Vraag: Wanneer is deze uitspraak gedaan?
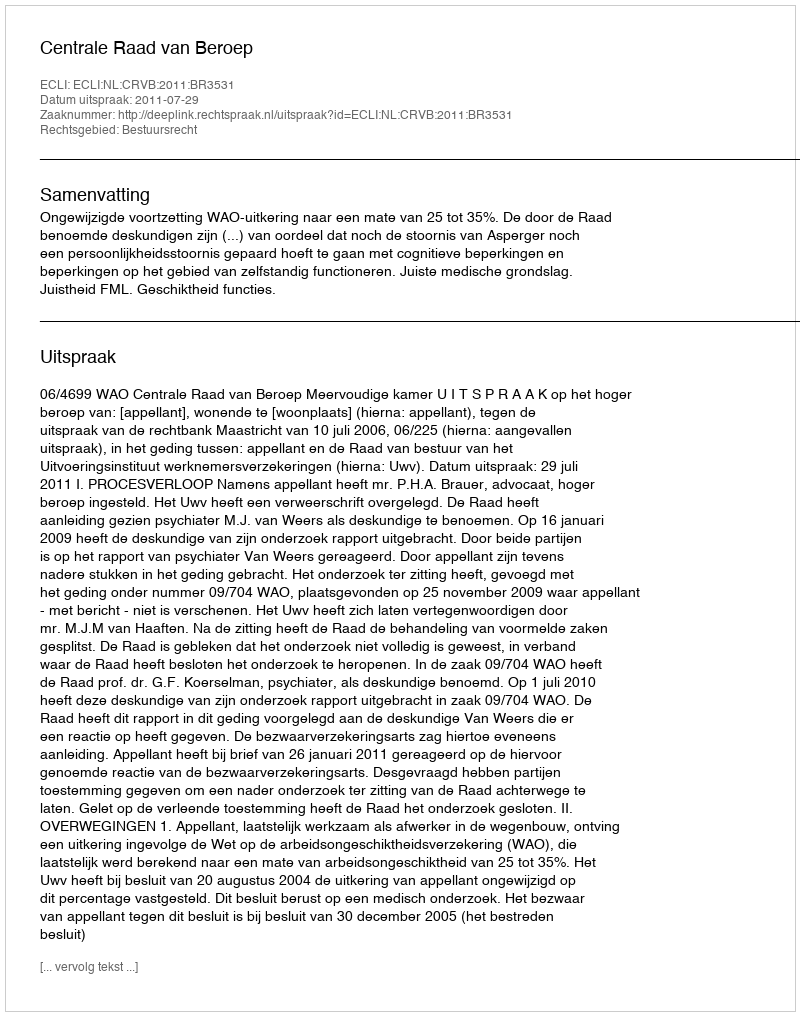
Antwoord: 2011-07-29